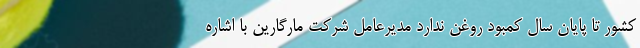
کشور تا پایان سال کمبود روغن ندارد مدیرعامل شرکت مارگارین با اشاره